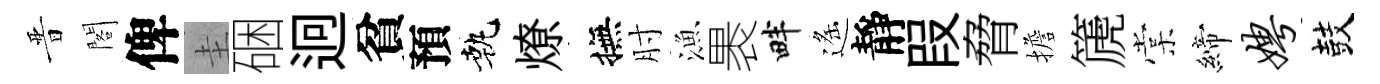
晋閣俾圭硱迥貧預執燎撫肘漁褁畔遙靜叚脅擔篪棠締娉鼓